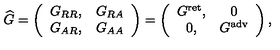
{ \widehat G } = \left( \begin{array} { c c } { G _ { R R } , } & { G _ { R A } } \\ { G _ { A R } , } & { G _ { A A } } \\ \end{array} \right) = \left( \begin{array} { c c } { G ^ { \mathrm { r e t } } , } & { 0 } \\ { 0 , } & { G ^ { \mathrm { a d v } } } \\ \end{array} \right) ,